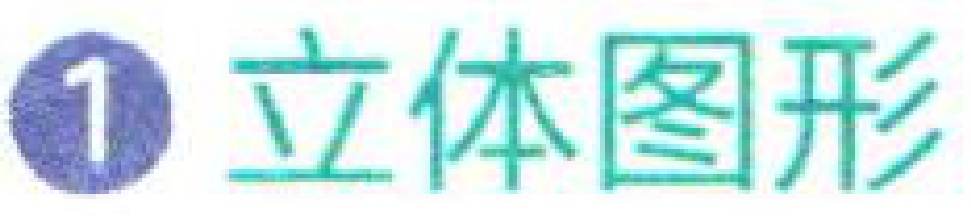
\textcircled{1} 立体图形